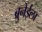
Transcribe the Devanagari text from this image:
ब्रुनेईला